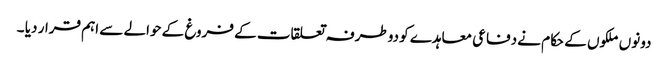
دونوں ملکوں کے حکام نے دفاعی معاہدے کو دوطرفہ تعلقات کے فروغ کے حوالے سے اہم قرار دیا ۔